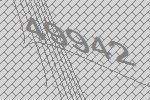
49942